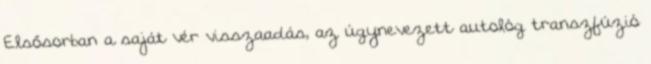
Elsősorban a saját vér visszaadás, az úgynevezett autológ transzfúzió